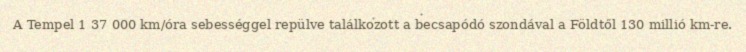
A Tempel 1 37 000 km/óra sebességgel repülve találkozott a becsapódó szondával a Földtől 130 millió km-re.